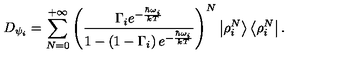
D _ { \psi _ { i } } = \sum _ { N = 0 } ^ { + \infty } { \left( \frac { \Gamma _ { i } e ^ { - { \frac { \hbar \omega _ { i } } { k T } } } } { 1 - \left( 1 - \Gamma _ { i } \right) e ^ { - { \frac { \hbar \omega _ { i } } { k T } } } } \right) } ^ { N } \left| \rho _ { i } ^ { N } \right> \left< \rho _ { i } ^ { N } \right| .